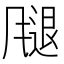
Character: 𫗁